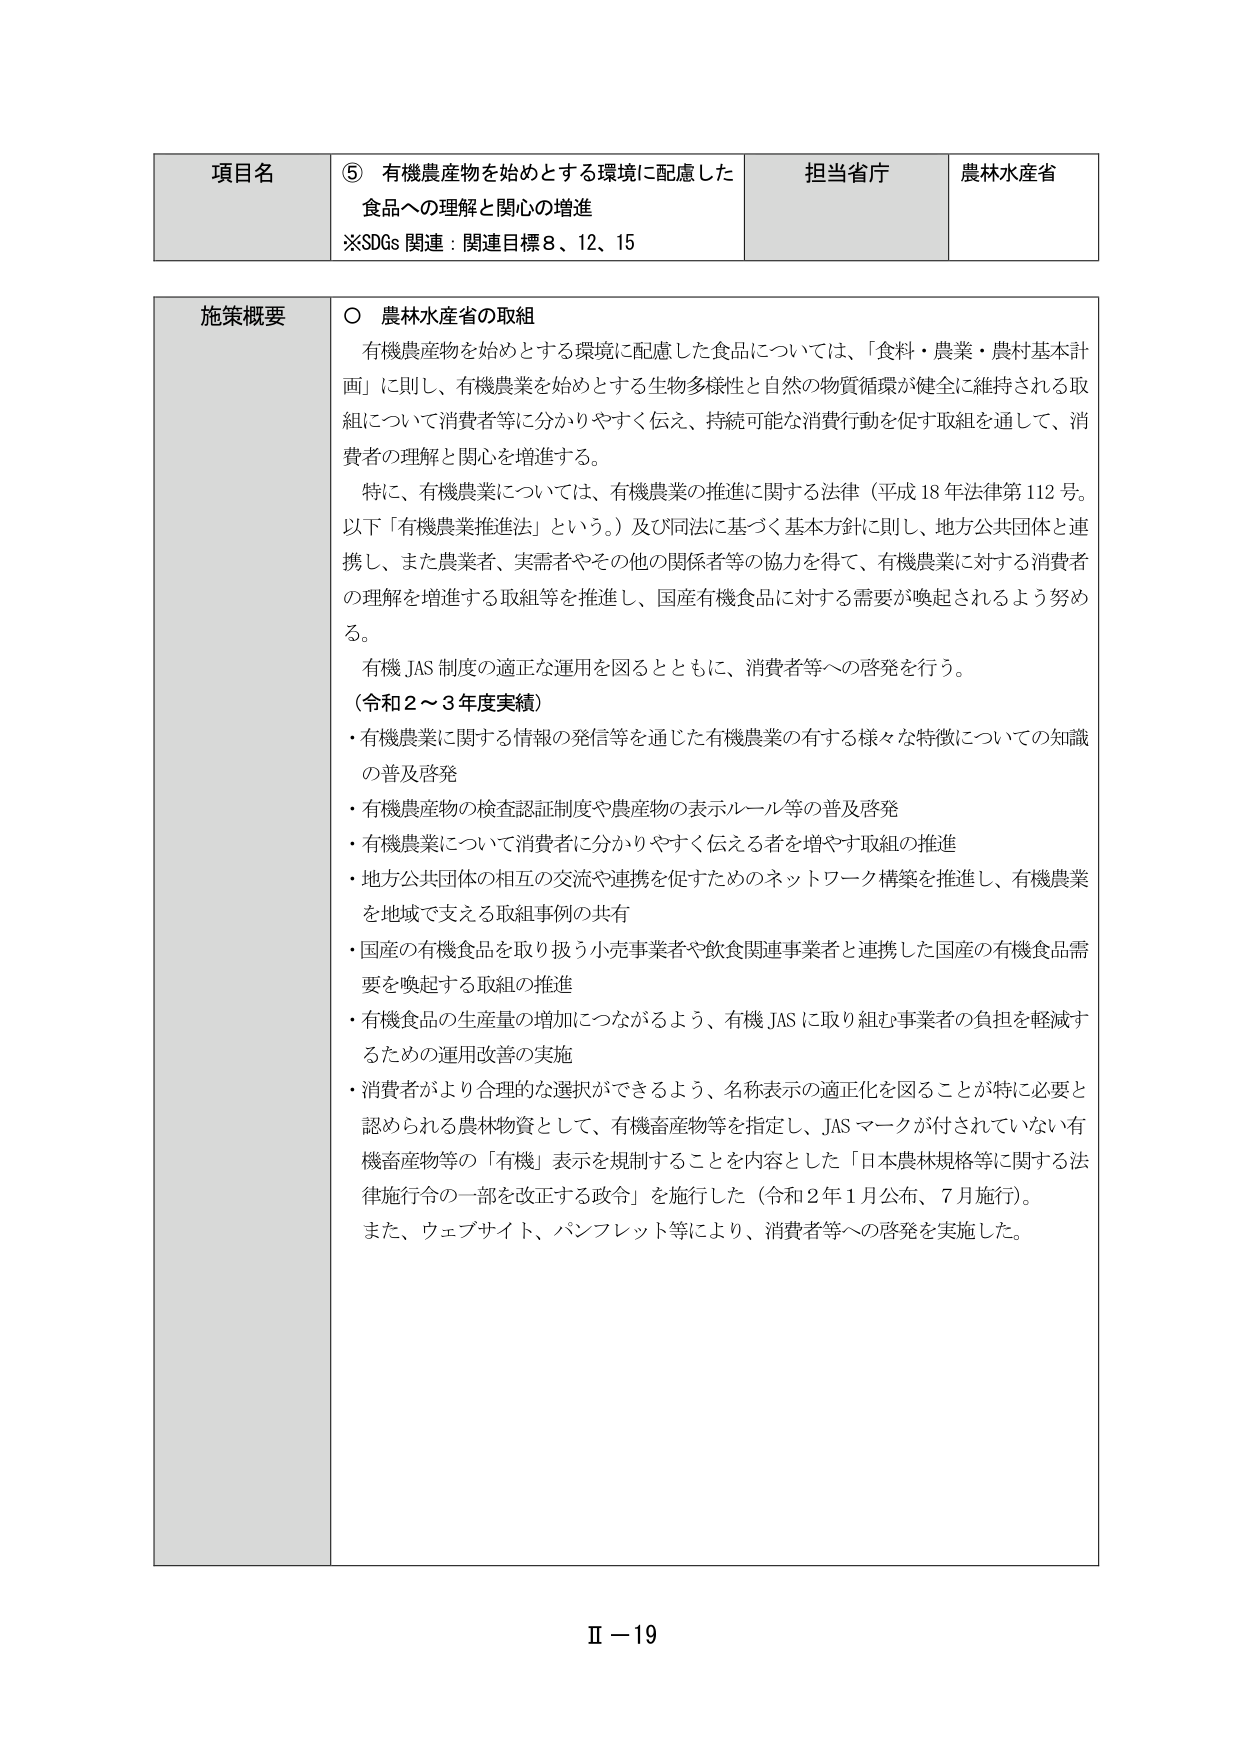
項目名　⑤ 有機農産物を始めとする環境に配慮した食品への理解と関心の増進
※SDGs 関連：関連目標8、12、15

担当省庁　農林水産省

施策概要
○ 農林水産省の取組
　有機農産物を始めとする環境に配慮した食品については、「食料・農業・農村基本計画」に則し、有機農業を始めとする生物多様性と自然の物質循環が健全に維持される取組について消費者等に分かりやすく伝え、持続可能な消費行動を促す取組を通して、消費者の理解と関心を増進する。
　特に、有機農業については、有機農業の推進に関する法律（平成18年法律第112号。以下「有機農業推進法」という。）及び同法に基づく基本方針に則し、地方公共団体と連携し、また農業者、実需者やその他の関係者等の協力を得て、有機農業に対する消費者の理解を増進する取組等を推進し、国産有機食品に対する需要が喚起されるよう努める。
　有機JAS制度の適正な運用を図るとともに、消費者等への啓発を行う。
（令和2～3年度実績）
・有機農業に関する情報の発信等を通じた有機農業の有する様々な特徴についての知識の普及啓発
・有機農産物の検査認証制度や農産物の表示ルール等の普及啓発
・有機農業について消費者に分かりやすく伝える者を増やす取組の推進
・地方公共団体の相互の交流や連携を促すためのネットワーク構築を推進し、有機農業を地域で支える取組事例の共有
・国産の有機食品を取り扱う小売事業者や飲食関連事業者と連携した国産の有機食品需要を喚起する取組の推進
・有機食品の生産量の増加につながるよう、有機JASに取り組む事業者の負担を軽減するための運用改善の実施
・消費者がより合理的な選択ができるよう、名称表示の適正化を図ることが特に必要と認められる農林物資として、有機畜産物等を指定し、JASマークが付されていない有機畜産物等の「有機」表示を規制することを内容とした「日本農林規格等に関する法律施行令の一部を改正する政令」を施行した（令和2年1月公布、7月施行）。
　また、ウェブサイト、パンフレット等により、消費者等への啓発を実施した。

Ⅱ－19